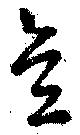
意